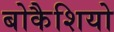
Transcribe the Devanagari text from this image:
बोकैशियो